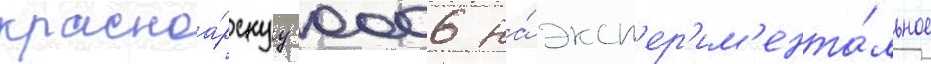
красноа́рскуу 0006 на́ эксп'ер'им'ента́льное